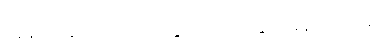
လူနာသစ်လက်ခံပေးနိုင်တဲ့အခြေအနေမရှိပါဘူး။